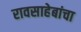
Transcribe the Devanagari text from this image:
रावसाहेबांचा